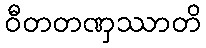
ဝီတတဏှဿာတိ